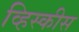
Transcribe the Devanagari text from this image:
व्हिस्कीस